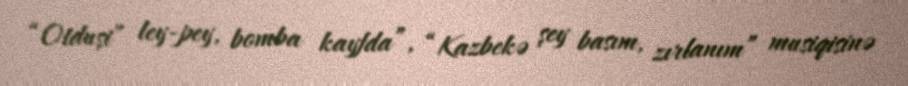
“Otduşi” ley-pey, bomba kayfda”, “Kazbekə şey basım, zırlanım” musiqisinə